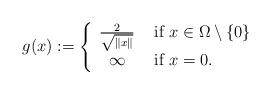
LaTeX: \begin{align*}g(x):=\left\{\begin{array}{cl} \frac{2}{\sqrt{\Vert x\Vert}} & \mbox{ if }x\in \Omega\setminus\{0\} \\ \infty & \mbox{ if }x=0.\end{array}\right.\end{align*}